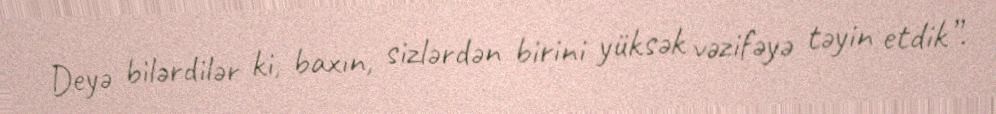
Deyə bilərdilər ki, baxın, sizlərdən birini yüksək vəzifəyə təyin etdik”.